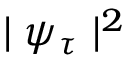
\mid \psi _ { \tau } \mid ^ { 2 }